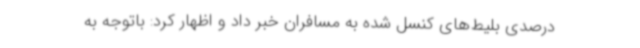
درصدی بلیط‌های کنسل شده به مسافران خبر داد و اظهار کرد: باتوجه به